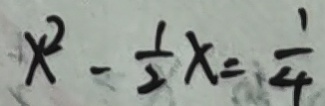
x ^ { 2 } - \frac { 1 } { 2 } x = \frac { 1 } { 4 }